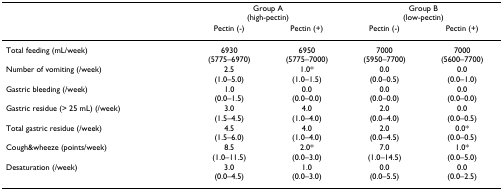
<table><thead><tr><td></td><td colspan="2"><b>Group A(high-pectin)</b></td><td colspan="2"><b>Group B(low-pectin)</b></td></tr><tr><td></td><td><b>Pectin (-)</b></td><td><b>Pectin (+)</b></td><td><b>Pectin (-)</b></td><td><b>Pectin (+)</b></td></tr></thead><tbody><tr><td>Total feeding (mL/week)</td><td>6930(5775–6970)</td><td>6950(5775–7000)</td><td>7000(5950–7700)</td><td>7000(5600–7700)</td></tr><tr><td>Number of vomiting (/week)</td><td>2.5(1.0–5.0)</td><td>1.0*(1.0–1.5)</td><td>0.0(0.0–0.5)</td><td>0.0(0.0–1.0)</td></tr><tr><td>Gastric bleeding (/week)</td><td>1.0(0.0–1.5)</td><td>0.0(0.0–0.0)</td><td>0.0(0.0–0.0)</td><td>0.0(0.0–0.0)</td></tr><tr><td>Gastric residue (&gt; 25 mL) (/week)</td><td>3.0(1.5–4.5)</td><td>4.0(1.0–4.0)</td><td>2.0(0.0–4.0)</td><td>0.0(0.0–0.5)</td></tr><tr><td>Total gastric residue (/week)</td><td>4.5(1.5–6.0)</td><td>4.0(1.0–4.0)</td><td>2.0(0.0–4.5)</td><td>0.0*(0.0–0.5)</td></tr><tr><td>Cough&amp;wheeze (points/week)</td><td>8.5(1.0–11.5)</td><td>2.0*(0.0–3.0)</td><td>7.0(1.0–14.5)</td><td>1.0*(0.0–5.0)</td></tr><tr><td>Desaturation (/week)</td><td>3.0(0.0–4.5)</td><td>1.0(0.0–3.0)</td><td>0.0(0.0–5.5)</td><td>0.0(0.0–2.5)</td></tr></tbody></table>